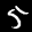
Label: 5